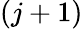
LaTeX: (j+1)